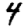
Digit: 4